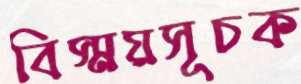
বিস্ময়সূচক